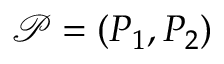
\mathcal { P } = ( P _ { 1 } , P _ { 2 } )